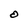
Character: 0